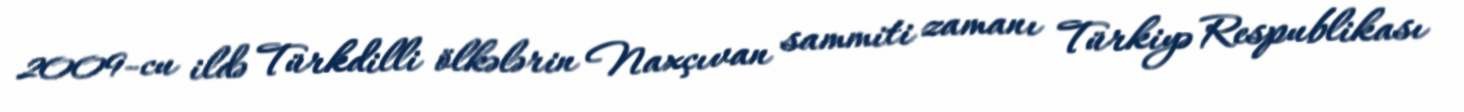
2009-cu ildə Türkdilli ölkələrin Naxçıvan sammiti zamanı Türkiyə Respublikası